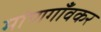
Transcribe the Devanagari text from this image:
मांणगाँवकर